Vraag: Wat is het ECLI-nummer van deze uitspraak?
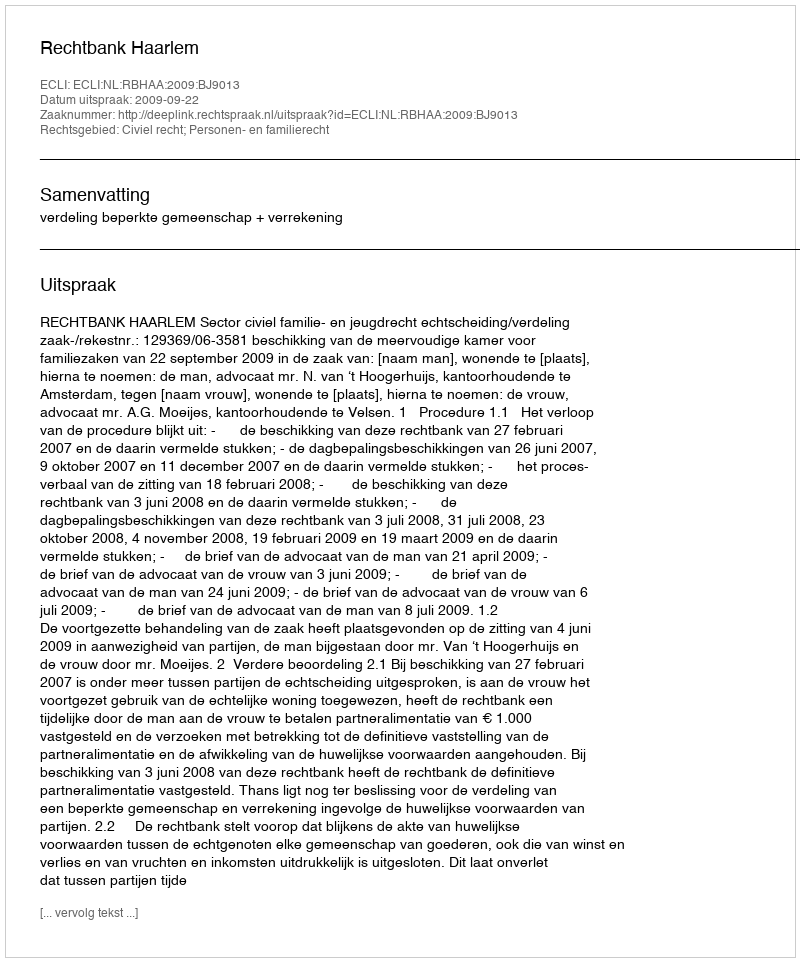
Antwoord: ECLI:NL:RBHAA:2009:BJ9013